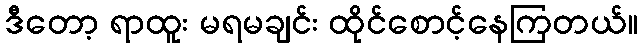
ဒီတော့ ရာထူး မရမချင်း ထိုင်စောင့်နေကြတယ်။